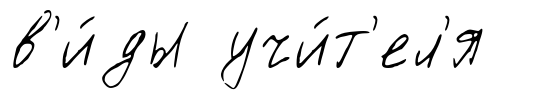
в'и́ды учи́т'ел'я